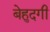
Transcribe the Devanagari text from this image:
बेहुदगी